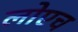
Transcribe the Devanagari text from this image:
लोएच